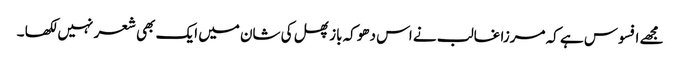
مجھے افسوس ہے کہ مرزا غالب نے اس دھوکہ باز پھل کی شان میں ایک بھی شعر نہیں لکھا ۔